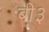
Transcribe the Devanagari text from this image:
बी३